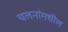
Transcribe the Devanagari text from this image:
चलनांमधील